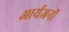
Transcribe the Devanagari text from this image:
आर्यजनों